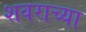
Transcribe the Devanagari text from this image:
शवराच्या